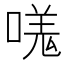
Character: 嗴